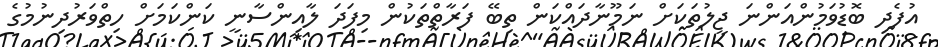
އުފެދި ބޮޑުވަމުންއަންނަ ޖީލުތަކަށް ނަމޫނާދައްކަން ތިބޭ ފަރާތްތަކުން މިފަދަ ލާއިންސާނީ ކަންކަމަށް ހިތްވަރުދިނުމުގެ